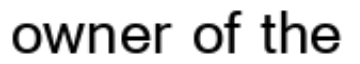
owner of the